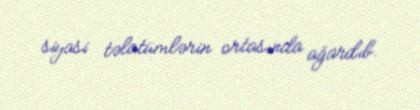
siyasi təlatümlərin ortasında ağardıb.